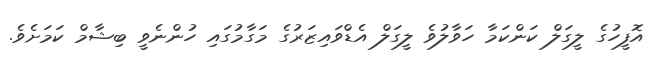
އޮފީހުގެ ލީގަލް ކަންކަމާ ހަވާލުވެ ލީގަލް އެޑްވައިޒަރުގެ މަގާމުގައި ހުންނެވީ ބިޝާމް ކަމަށެވެ.